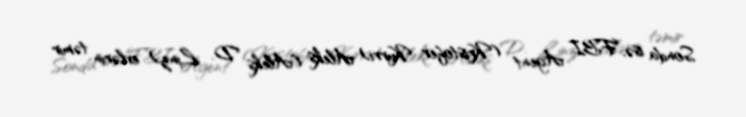
Sonda isə, FBI Agent (Kristofer Kurri) Aleks (Aleks D. Linz) evlərin təmir